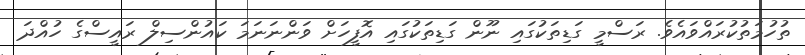
ތުހުމަތުކުރައްވައެވެ. ރަސްމީ ގަޑިތަކުގައި ނޫން ގަޑިތަކުގައި އޮފީހަށް ވަންނަނަމަ ކައުންސިލް ރައީސްގެ ހުއްދަ